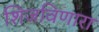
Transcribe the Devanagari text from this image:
शिजविणारा